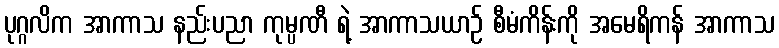
ပုဂ္ဂလိက အာကာသ နည်းပညာ ကုမ္ပဏီ ရဲ့ အာကာသယာဉ် စီမံကိန်းကို အမေရိကန် အာကာသ